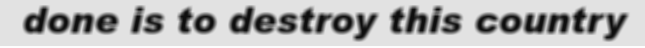
done is to destroy this country